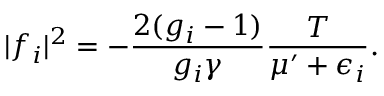
\lvert f _ { i } \rvert ^ { 2 } = - \frac { 2 ( g _ { i } - 1 ) } { g _ { i } \gamma } \frac { T } { \mu ^ { \prime } + \epsilon _ { i } } .